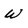
Character: W